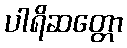
ပါရိဆတ္တော